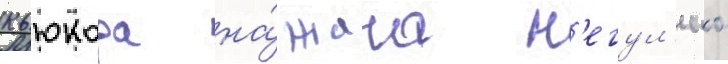
кьюкора на́ жана н'егул'еско